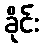
ခိုင်း